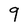
Character: 9